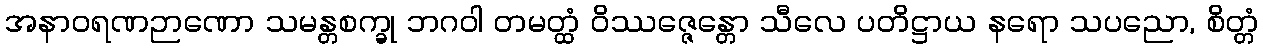
အနာဝရဏဉာဏော သမန္တစက္ခု ဘဂဝါ တမတ္ထံ ဝိဿဇ္ဇေန္တော သီလေ ပတိဋ္ဌာယ နရော သပညော, စိတ္တံ